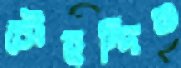
চৌহদ্দিও